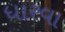
ધારવા